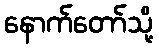
နောက်တော်သို့